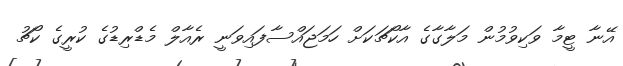
އޭނާ ޓީމާ ވަކިވުމުން މަލާގާގެ އާކޯޗަކަށް ހަމަޖައްސާފައިވަނީ ރެއާލް މެޑްރިޑުގެ ކުރީގެ ކޯޗު